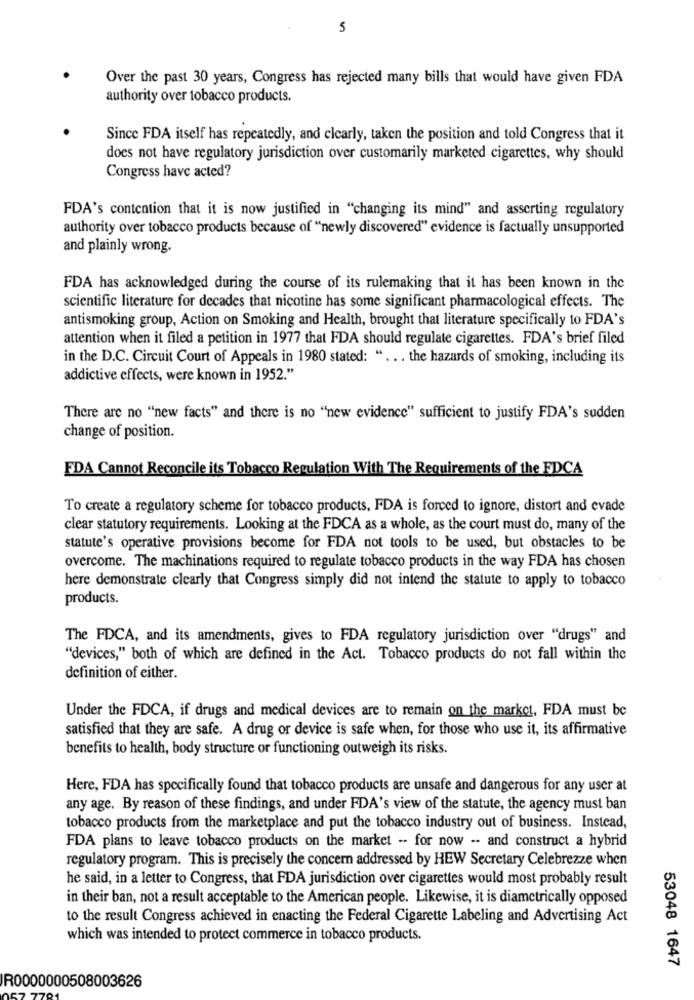
5
Over the past 30 years, Congress has rejected many bills that would have given FDA
authority over tobacco products.
Since FDA itself has repeatedly, and clearly, taken the position and told Congress that it
does not have regulatory jurisdiction over customarily marketed cigarettes, why should
Congress have acted?
FDA's contention that it is now justified in "changing its mind" and asserting regulatory
authority over tobacco products because of "newly discovered" evidence is factually unsupported
and plainly wrong.
FDA has acknowledged during the course of its rulemaking that it has been known in the
scientific literature for decades that nicotine has some significant pharmacological effects. The
antismoking group, Action on Smoking and Health, brought that literature specifically to FDA's
attention when it filed a petition in 1977 that FDA should regulate cigarettes. FDA's brief filed
in the D.C. Circuit Court of Appeals in 1980 stated: " ... the hazards of smoking, including its
addictive effects, were known in 1952."
There are no "new facts" and there is no "new evidence" sufficient to justify FDA's sudden
change of position.
FDA Cannot Reconcile its Tobacco Regulation With The Requirements of the FDCA
To create a regulatory scheme for tobacco products, FDA is forced to ignore, distort and evade
clear statutory requirements. Looking at the FDCA as a whole, as the court must do, many of the
statute's operative provisions become for FDA not tools to be used, but obstacles to be
overcome. The machinations required to regulate tobacco products in the way FDA has chosen
here demonstrate clearly that Congress simply did not intend the statute to apply to tobacco
products.
The FDCA, and its amendments, gives to FDA regulatory jurisdiction over "drugs" and
"devices," both of which are defined in the Act. Tobacco products do not fall within the
definition of either.
Under the FDCA, if drugs and medical devices are to remain on the market, FDA must be
satisfied that they are safe. A drug or device is safe when, for those who use it, its affirmative
benefits to health, body structure or functioning outweigh its risks.
Here, FDA has specifically found that tobacco products are unsafe and dangerous for any user at
any age. By reason of these findings, and under FDA's view of the statute, the agency must ban
tobacco products from the marketplace and put the tobacco industry out of business. Instead,
FDA plans to leave tobacco products on the market -- for now -- and construct a hybrid
regulatory program. This is precisely the concern addressed by HEW Secretary Celebrezze when
he said, in a letter to Congress, that FDA jurisdiction over cigarettes would most probably result
in their ban, not a result acceptable to the American people. Likewise, it is diametrically opposed
to the result Congress achieved in enacting the Federal Cigarette Labeling and Advertising Act
which was intended to protect commerce in tobacco products.
53048 1647
R0000000508003626